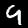
Label: 9